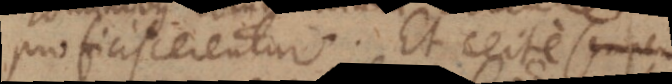
proficiscerentur. Et certe nescio